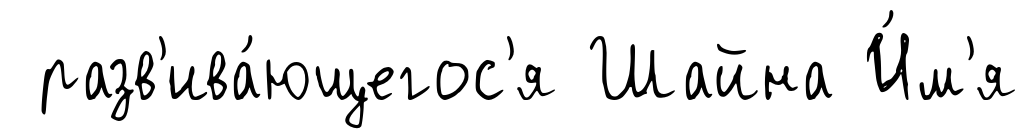
разв'ива́ющегос'я Шайна И́м'я